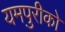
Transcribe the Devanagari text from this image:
यमपुरीको